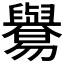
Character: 𦦸